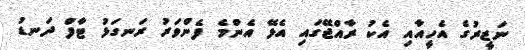
ނަޒީރުގެ އެހީއާއި އެކު ރާއްޖޭގައި އެޅޭ އެންމެ ފެންވަރު ރަނގަޅު ޓާފް ދަނޑު